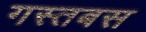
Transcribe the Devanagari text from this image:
गस्तबस